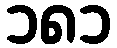
၁၈၁